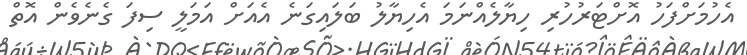
އެހުމަށްފަހު އޮށްޓަރުހުރި ހިޔާލެއްނަމަ އެހިޔާލު ބަލައިގަނެ އެއަށް އަމަލީ ސިފަ ގެނެވެން އޮތް